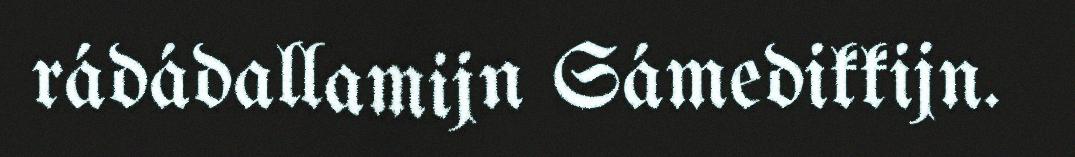
rádádallamijn Sámedikkijn.